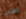
اهربي